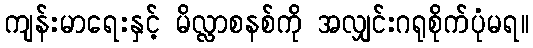
ကျန်းမာရေးနှင့် မိလ္လာစနစ်ကို အလျှင်းဂရုစိုက်ပုံမရ။